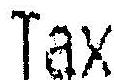
TAX